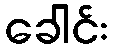
ခေါင်း